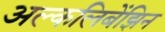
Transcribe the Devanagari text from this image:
अल्कलिबेंझिन